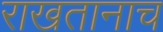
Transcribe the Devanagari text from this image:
राखतानाच